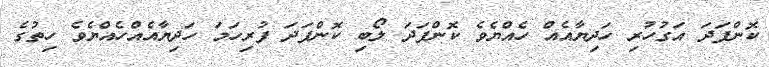
ކޮންފަދަ އަގުހުރި ހަދިޔާއެއް ހެއްޔެވެ ކޮންފަދަ ލޯބި ކޮންފަދަ ފުރިހަމަ ހަދިޔާއެއްހެއްޔެވެ ހިތުގެ